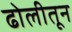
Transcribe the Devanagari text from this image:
ढोलीतून